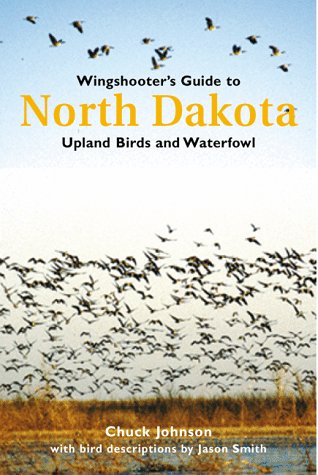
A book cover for Wingshooter's Guide to North Dakota: Upland Birds & Waterfowl (Wingshooter's Guides); Chuck Johnson; Travel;